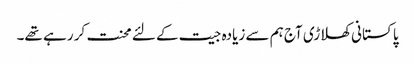
پاکستانی کھلاڑی آج ہم سے زیادہ جیت کے لئے محنت کر رہے تھے۔